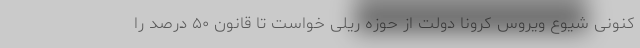
کنونی شیوع ویروس کرونا دولت از حوزه ریلی خواست تا قانون ۵۰ درصد را